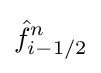
{\hat {f}}_{i-1/2}^{n}